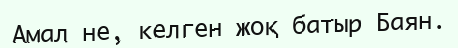
Амал не, келген жоқ батыр Баян.